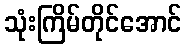
သုံးကြိမ်တိုင်အောင်